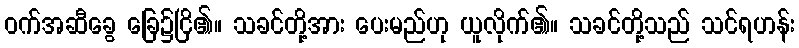
ဝက်အဆီခွေ ခြေ၌ငြိ၏။ သခင်တို့အား ပေးမည်ဟု ယူလိုက်၏။ သခင်တို့သည် သင်ရဟန်း